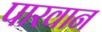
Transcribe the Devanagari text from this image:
पारवान